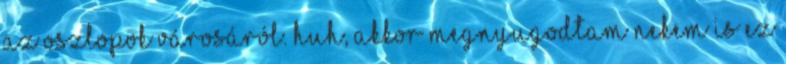
az Oszlopok városáról. Huh, akkor megnyugodtam Nekem is ez